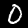
Digit: 0